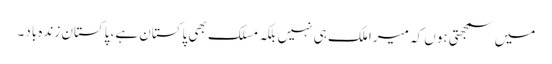
میں سمجھتی ہوں کہ میرا ملک ہی نہیں بلکہ مسلک بھی پاکستان ہے، پاکستان زندہ باد۔